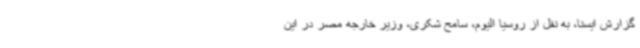
گزارش ایسنا، به نقل از روسیا الیوم، سامح شکری، وزیر خارجه مصر در این